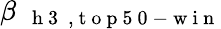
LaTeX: \beta_{\mathrm{~\textbf~{~h~3~}~},\mathrm{~t~o~p~5~0~-~w~i~n~}}